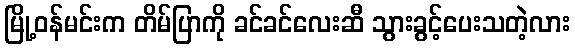
မြို့ဝန်မင်းက တိမ်ပြာကို ခင်ခင်လေးဆီ သွားခွင့်ပေးသတဲ့လား